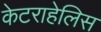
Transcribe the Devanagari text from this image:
केटराहेलिस